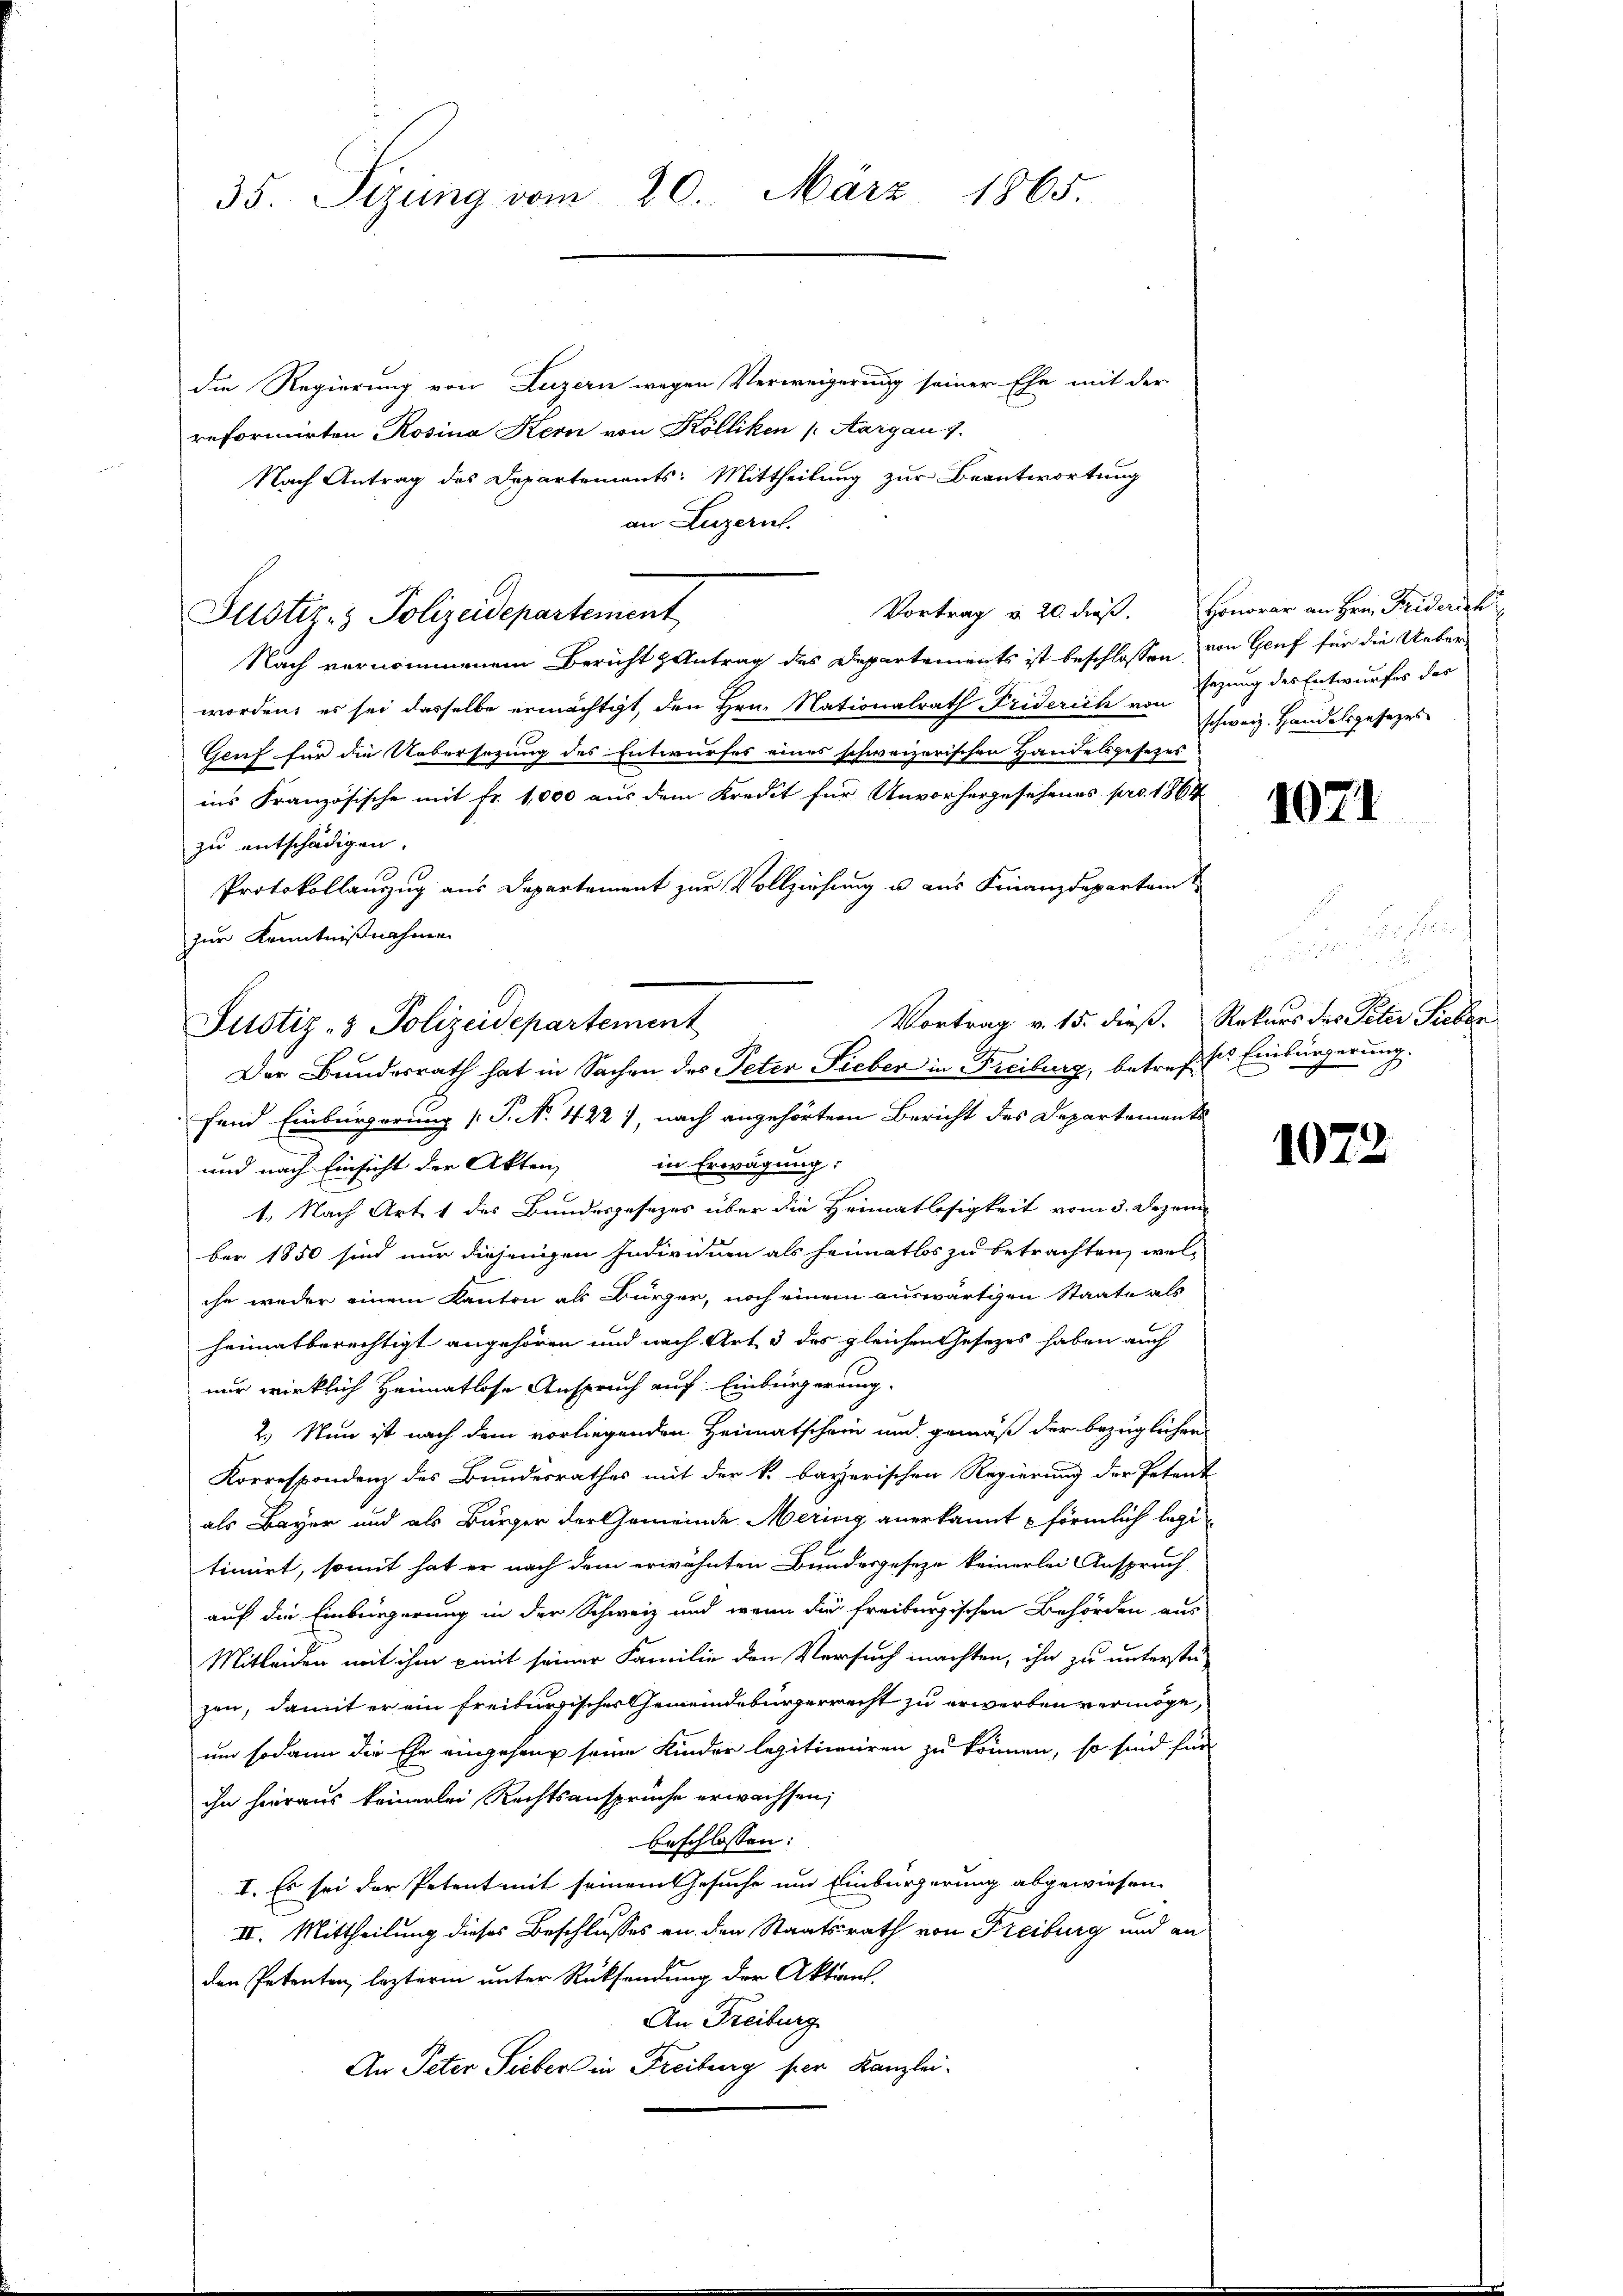
35. Sezung vom 20. März 1865.

die Regierung von Luzern wegen Verweigerung seiner Ehe mit der
reformirten Rosina Kern von Kölliken (Aargau 7.
Nach Antrag des Departements: Mittheilung zur Beantwortung
an Luzern.
Vortrag u. 20. dieß.
Nach vernommenem Bericht Antrag des Departements ist beschlossen,
worden, es sei dasselbe ermächtigt, den Hrn. Nationalrath Friderich von
Gruf für die Uebersezung des Entwurfes eines schweizerischen Handelsgesezes
ins Französische mit fr. 1,000 aus dem Kredit für Unvorhergesehenes pro 1864
zu entschädigen.
Protokollanzug aus Departement zur Vollziehung u. aus Finanzdepartain
zur Kenntnißnahme
in Erwägung:
und nach Einsicht der Akten,
1. Nach Art. 1 des Bundesgesezes über die Heimatlosigkeit vom 3. Dezem
ber 1850 sind nur diejenigen Individum als heimatlos zu betrachten, welche weder einem Kanton als Bürger, noch einem auswärtigen Staate als
heimatberechtigt angehören und nach Art 3 des gleichen Gesezes haben auch
nur wirklich Heimatlose Anspruch auf Einbürgerung.
2.) Nun ist nach dem vorliegenden Heimatschein und gemäß der bezüglichen
Korrespondenz des Bundesrathes mit der k. bayerischen Regierung der Peten-
als Bayer und als Bürger der Gemeinde Merisig anerkannt förmlich legi
timirt, somit hat er nach dem erwähnten Bundesgeseze keinerlei Anspruch
auf die Einbürgerung in der Schweiz und wenn die freiburgischen Behörden aus
Mitleiden mit ihm mit seiner Familie den Versuch machten, ihn zu unterste
zen, damit er ein freiturgisches Gemeindebürgerrecht zu erwerben vermöge,
um sodann die Ehe eingehang seine Kinder legitimiren zu können, so sind fin
ihn hieraus keinerlei Rechtsansprüche erwachsen;
beschlossen:
I. Es sei der Petent mit seinem Gesuche um Einbürgerung abgewiesen.
II. Mittheilung dieses Beschlusses an den Staatsrath von Freiburg und an
den Petenten, lezteren unter Rücksendung der Aktion.
An Freiburg
An Peter Sieber in Freiburg per Kanzlei-

Justiz- & Polizeidepartement

Vortrag v. 15. dieß.
Justiz- & Polizeidepartement
Der Bundesrath hat in Sachen des Peter Lieber in Freiburg, betreff Einbürgerung.
fend Einbürgerung (T. No. 422), nach angehörtern Bericht des Departements

Honorar an Hrn. Fridersehe
von Genf für die Ueber
sezung des Entwurfes des
schweiz. Handelsgesezes

1071

n in den durch

Rekurs der Peter Sieben

1072